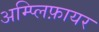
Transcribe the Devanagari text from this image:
अम्प्लिफ़ायर